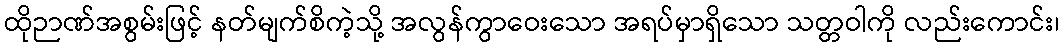
ထိုဉာဏ်အစွမ်းဖြင့် နတ်မျက်စိကဲ့သို့ အလွန်ကွာဝေးသော အရပ်မှာရှိသော သတ္တဝါကို လည်းကောင်း၊